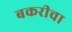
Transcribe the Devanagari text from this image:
बकरीचा